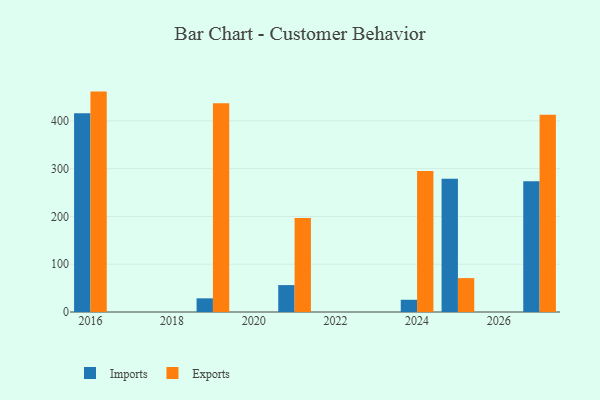
{"axis": {"x": "Year", "y": "Bounce Rate (%)"}, "legend": ["Exports", "Imports"], "data": [{"x": "2025", "y": 278.6, "type": "Imports"}, {"x": "2025", "y": 70.9, "type": "Exports"}, {"x": "2024", "y": 25.6, "type": "Imports"}, {"x": "2024", "y": 295.0, "type": "Exports"}, {"x": "2021", "y": 56.3, "type": "Imports"}, {"x": "2021", "y": 196.9, "type": "Exports"}, {"x": "2019", "y": 28.6, "type": "Imports"}, {"x": "2019", "y": 436.8, "type": "Exports"}, {"x": "2027", "y": 273.5, "type": "Imports"}, {"x": "2027", "y": 412.7, "type": "Exports"}, {"x": "2016", "y": 416.1, "type": "Imports"}, {"x": "2016", "y": 461.2, "type": "Exports"}]}